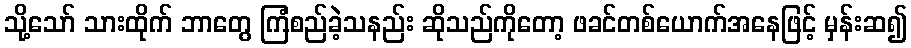
သို့သော် သားထိုက် ဘာတွေ ကြံစည်ခဲ့သနည်း ဆိုသည်ကိုတော့ ဖခင်တစ်ယောက်အနေဖြင့် မှန်းဆ၍